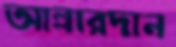
আল্লারদান